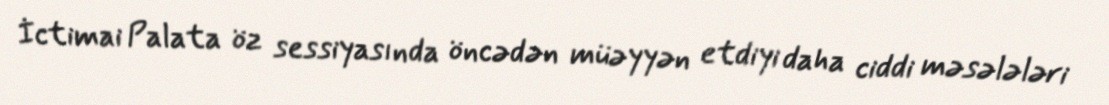
İctimai Palata öz sessiyasında öncədən müəyyən etdiyi daha ciddi məsələləri